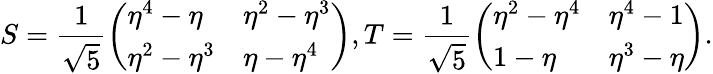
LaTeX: S=\frac{1}{\sqrt{5}}\left(\begin{array}{ll}{\eta^{4}-\eta}&{\eta^{2}-\eta^{3}}\\ {\eta^{2}-\eta^{3}}&{\eta-\eta^{4}}\end{array}\right),T=\frac{1}{\sqrt{5}}\left(\begin{array}{ll}{\eta^{2}-\eta^{4}}&{\eta^{4}-1}\\ {1-\eta}&{\eta^{3}-\eta}\end{array}\right).